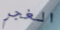
الغجر